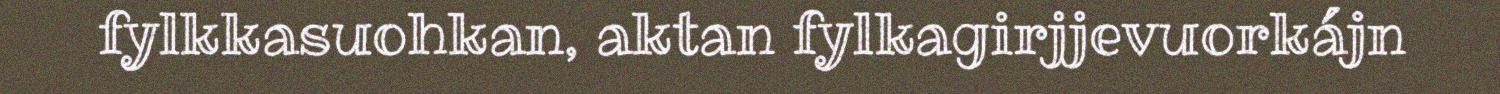
fylkkasuohkan, aktan fylkagirjjevuorkájn